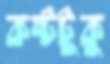
কষ্টটুকু